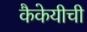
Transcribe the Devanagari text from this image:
कैकेयीची